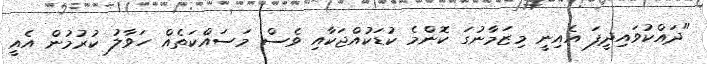
"ދައްކުވަައިދީފަ އެއިނީ މިޒަމާނުގަ ކޮންމެ ކުޑަކުއްޖަކާއި ވެސް މަސައްކަތެއް ހަވާލު ކުރުމުން އެއީ